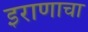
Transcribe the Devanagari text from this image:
इराणाचा